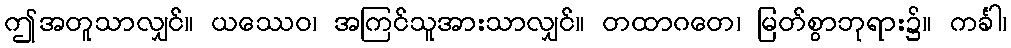
ဤအတူသာလျှင်။ ယဿေဝ၊ အကြင်သူအားသာလျှင်။ တထာဂတေ၊ မြတ်စွာဘုရား၌။ ကင်္ခါ၊